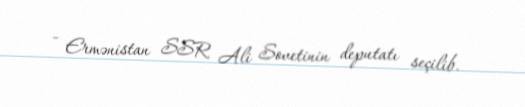
- Ermənistan SSR Ali Sovetinin deputatı seçilib.